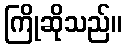
ကြိုဆိုသည်။